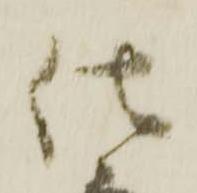
仕